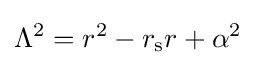
\Lambda ^{2}=r^{2}-r_{\text{s}}r+\alpha ^{2}